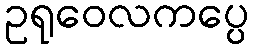
ဥရုဝေလကပ္ပေ